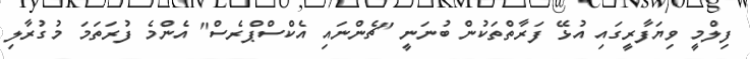
ފިލްމީ ވިޔަފާރީގައި އުޅޭ ފަރާތްތަކުން ބުނަނީ "ޗެންނައި އެކްސްޕްރެސް" އެންމެ ފުރަތަމަ މުގުރާލި